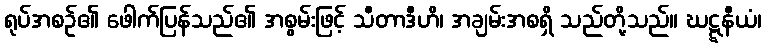
ရုပ်အစဉ်၏ ဖေါက်ပြန်သည်၏ အစွမ်းဖြင့် သီတာဒီဟိ၊ အချမ်းအစရှိ သည်တို့သည်။ ဃဋ္ဋနီယံ၊